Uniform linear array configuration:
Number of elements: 32
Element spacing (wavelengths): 0.75
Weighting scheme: kaiser
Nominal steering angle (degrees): -30
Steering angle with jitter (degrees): -28.779
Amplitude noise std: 0.05
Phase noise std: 0.05

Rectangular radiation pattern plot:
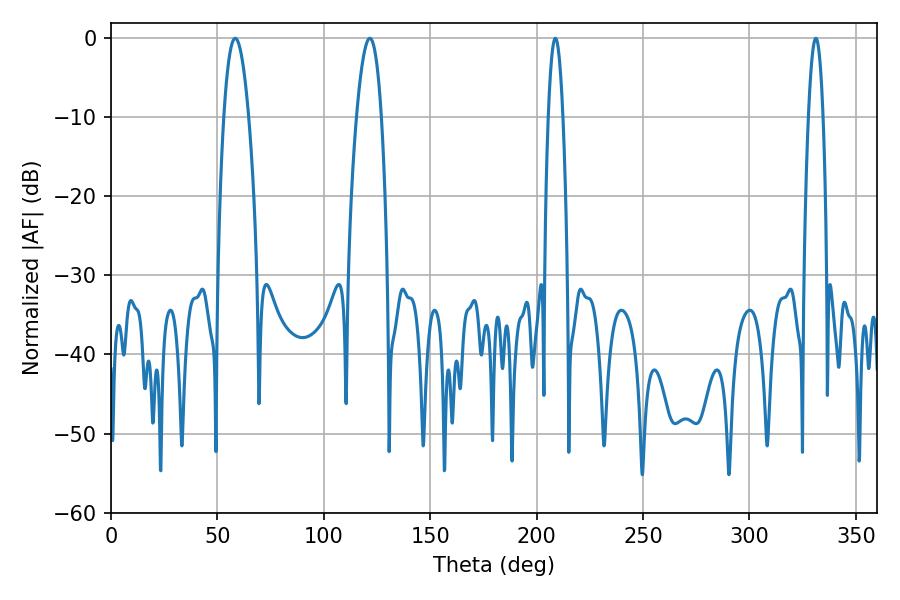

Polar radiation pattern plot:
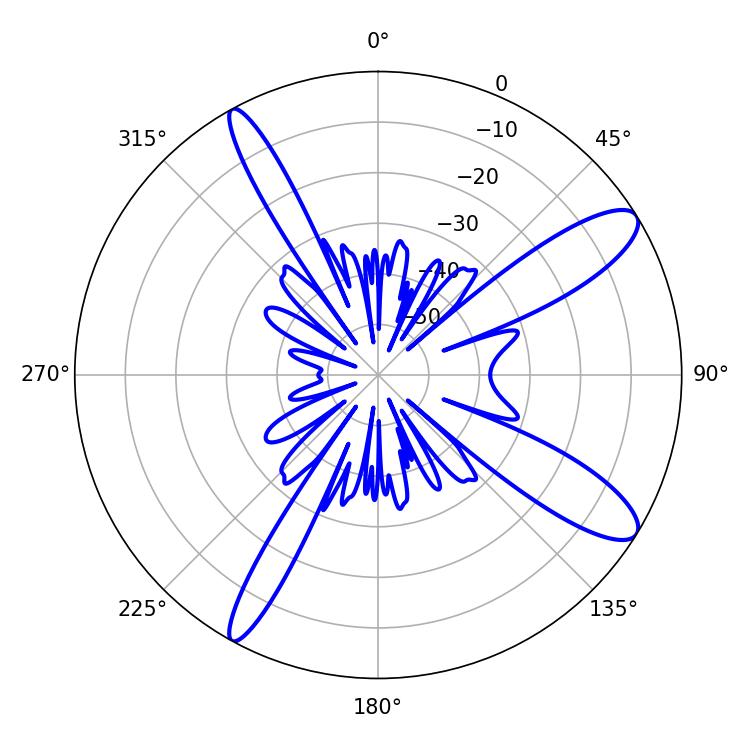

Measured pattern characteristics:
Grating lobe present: TRUE
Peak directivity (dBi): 11.638
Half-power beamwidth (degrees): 3.78
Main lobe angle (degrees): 208.8